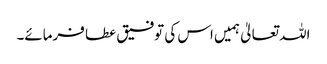
اللہ تعالیٰ ہمیں اس کی توفیق عطا فرمائے۔